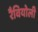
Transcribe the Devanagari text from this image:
रैवियोली